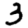
Digit: 3